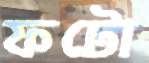
ফটো